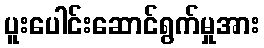
ပူးပေါင်းဆောင်ရွက်မှုအား